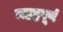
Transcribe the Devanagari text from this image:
महह्वपूर्ण